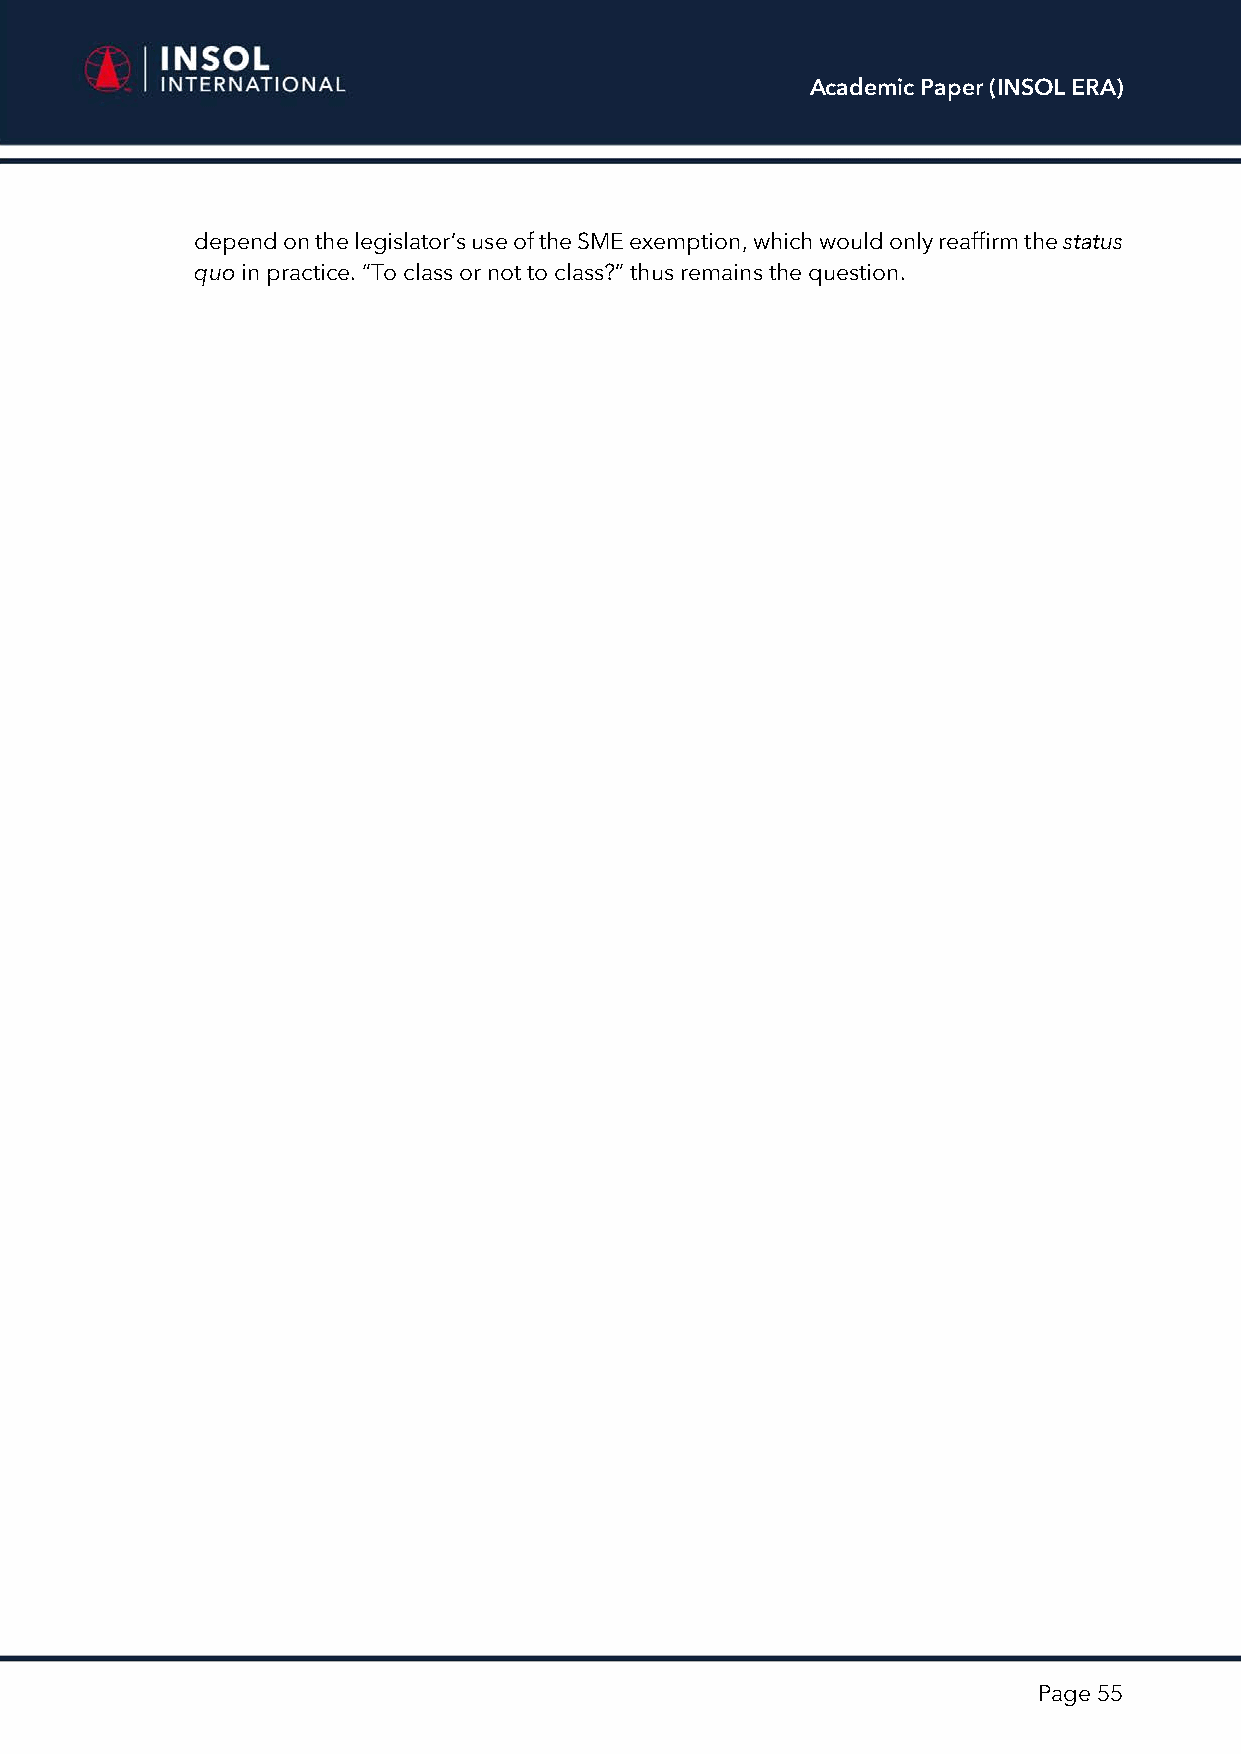
Academic Paper (INSOL ERA)
 depend on the legislator’s use of the SME exemption, which would only reaffirm the status
 quo in practice. “To class or not to class?” thus remains the question.
 Page 55